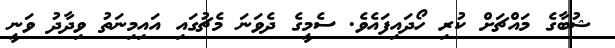
ޝުބާގެ މައްޗަށް ކުރި ހޯދައިފައެވެ. ސެމީގެ ދެވަނަ މެޗުގައި އައިމިނަތު ވިދާދު ވަނީ